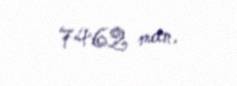
7462 man.